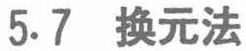
5.7 换元法